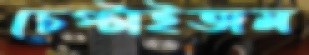
চেপ্‌টাইতাম